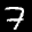
Label: 7